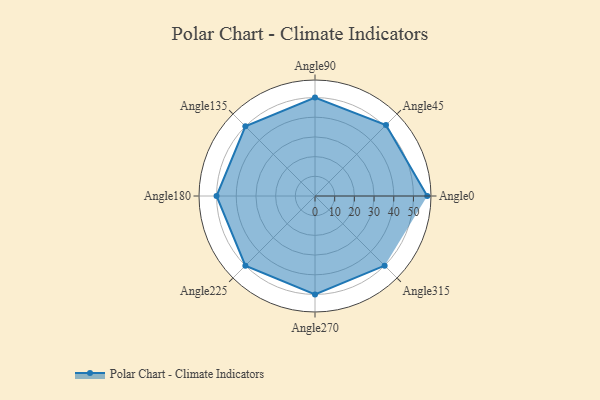
{"axis": {"x": "Angle", "y": "Radius"}, "legend": [""], "data": [{"x": "Angle0", "y": 57.0, "type": ""}, {"x": "Angle45", "y": 51.0, "type": ""}, {"x": "Angle90", "y": 50, "type": ""}, {"x": "Angle135", "y": 50, "type": ""}, {"x": "Angle180", "y": 50, "type": ""}, {"x": "Angle225", "y": 50, "type": ""}, {"x": "Angle270", "y": 50, "type": ""}, {"x": "Angle315", "y": 50, "type": ""}]}